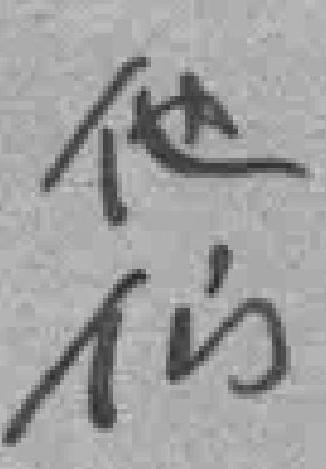
他们